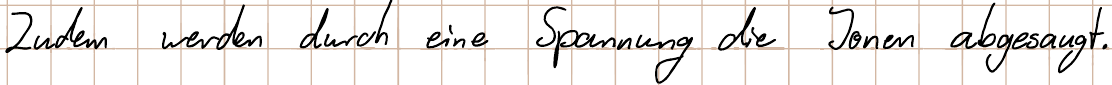
Zudem werden durch eine Spannung die Ionen abgesaugt.